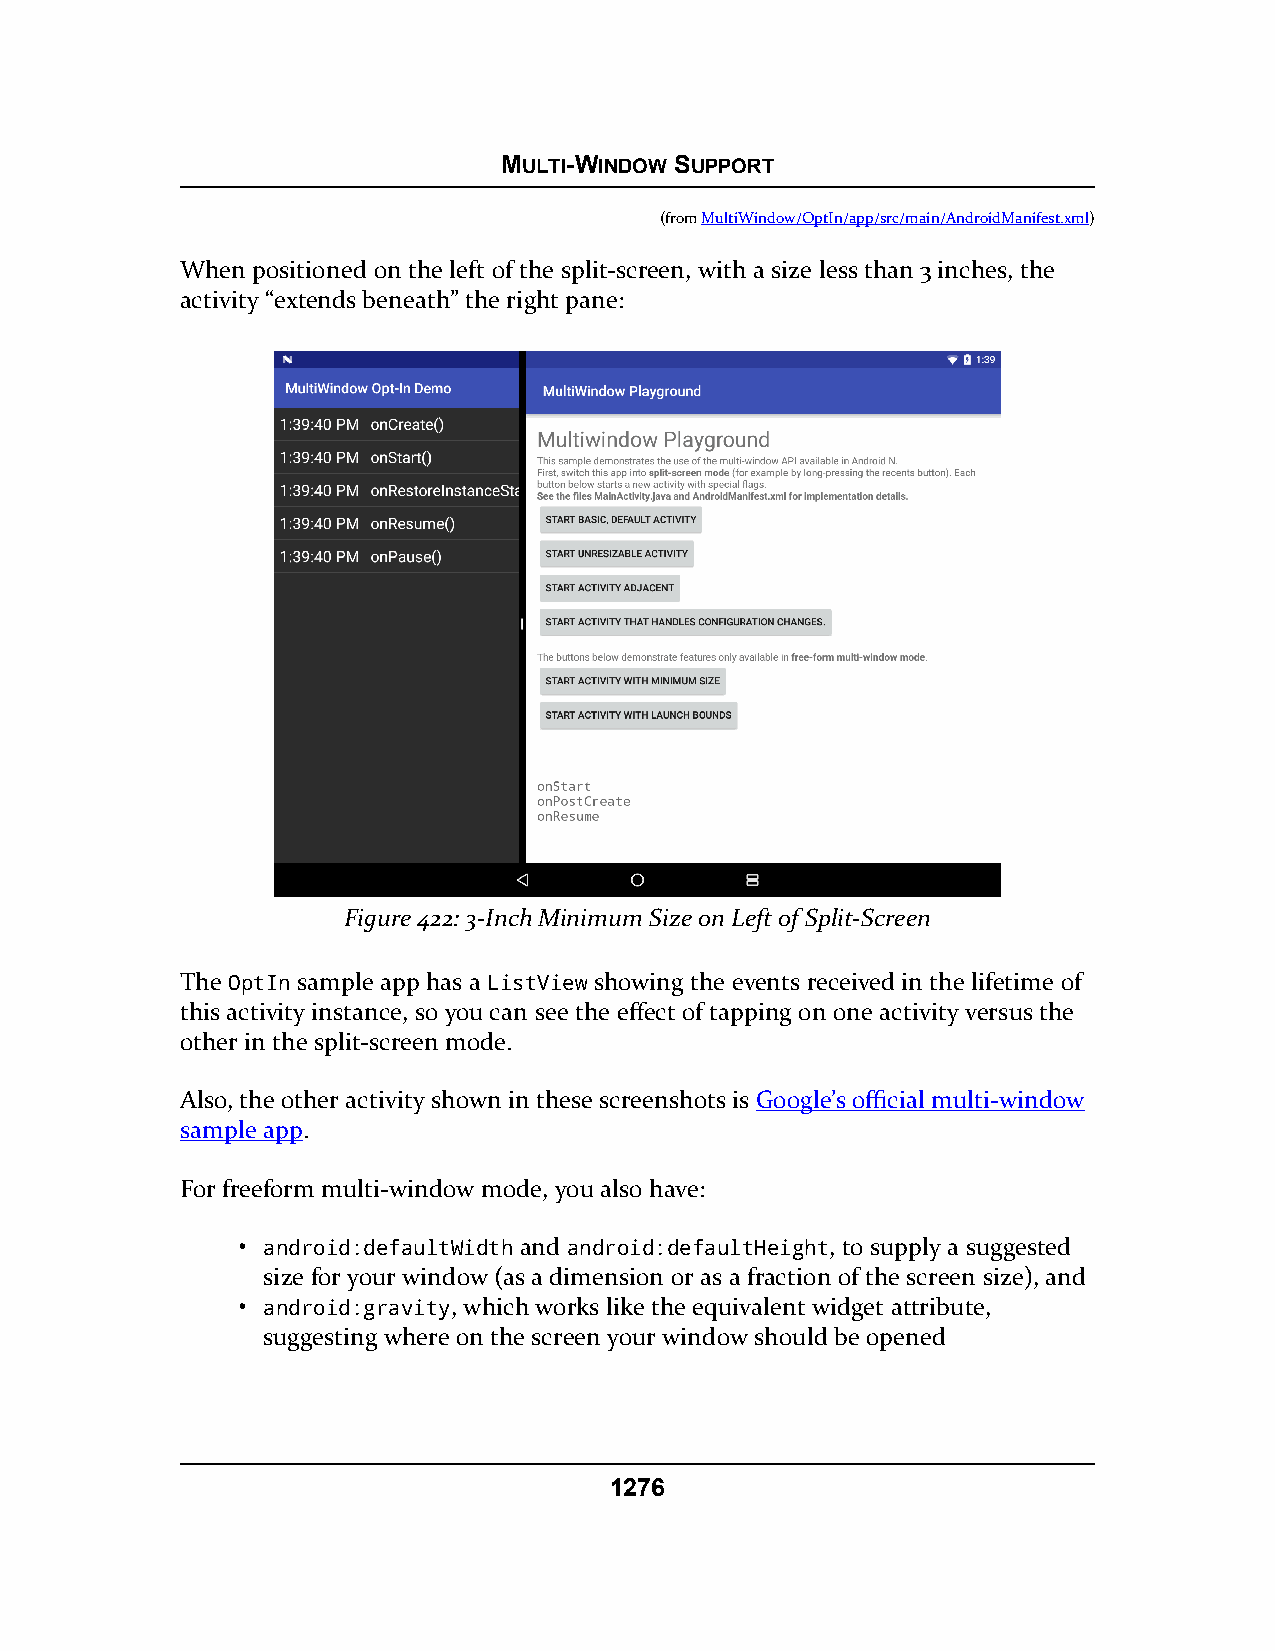
MULTI-WINDOW SUPPORT
 (fromMultiWindow/OptIn/app/src/main/AndroidManifest.xml)
 When positioned on the left of the split-screen, with a size less than 3 inches, the
 activity “extends beneath” the right pane:
 Figure 422: 3-Inch Minimum Size on Left of Split-Screen
 The OptIn sample app has a ListView showing the events received in the lifetime of
 this activity instance, so you can see the effect of tapping on one activity versus the
 other in the split-screen mode.
 Also, the other activity shown in these screenshots is Google’s official multi-window
 sample app.
 For freeform multi-window mode, you also have:
 • android:defaultWidth and android:defaultHeight, to supply a suggested
 size for your window (as a dimension or as a fraction of the screen size), and
 • android:gravity, which works like the equivalent widget attribute,
 suggesting where on the screen your window should be opened
 1276